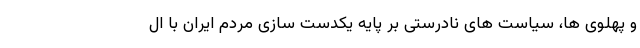
و پهلوی ها، سیاست های نادرستی بر پایه یکدست سازی مردم ایران با ال